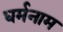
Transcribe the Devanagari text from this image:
धर्मनाम